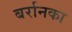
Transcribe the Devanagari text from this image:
बर्रानका